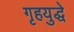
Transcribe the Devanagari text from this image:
गृहयुद्धे